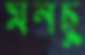
মনছু